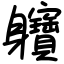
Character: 軉